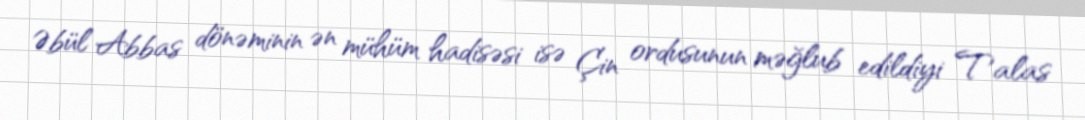
Əbül Abbas dönəminin ən mühüm hadisəsi isə Çin ordusunun məğlub edildiyi Talas